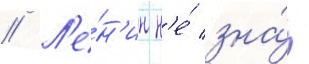
// Л'е́н'ин н'е́ зна́л